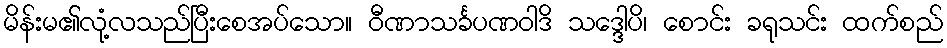
မိန်းမ၏လုံ့လသည်ပြီးစေအပ်သော။ ဝီဏာသင်္ခပဏဝါဒိ သဒ္ဒေါပိ၊ စောင်း ခရုသင်း ထက်စည်